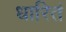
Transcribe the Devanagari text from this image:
धारितं